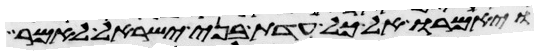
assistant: ויאמרו אל כל עדת בני ישראל לאמר